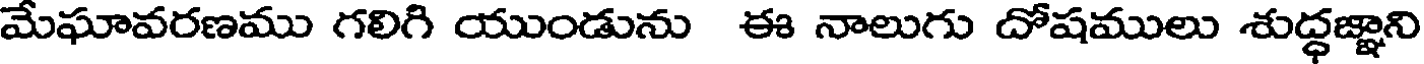
మేఘావరణము గలిగి యుండును ఈ నాలుగు దోషములు శుద్ధజ్ఞాని